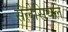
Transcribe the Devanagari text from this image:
सेलेसियल